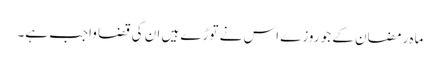
ماہ رمضان کے جو روزے اس نے توڑے ہیں ان کی قضا واجب ہے۔